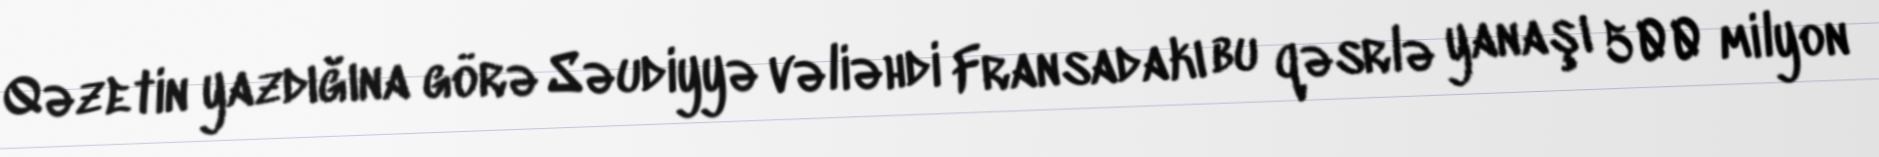
Qəzetin yazdığına görə Səudiyyə vəliəhdi Fransadakı bu qəsrlə yanaşı 500 milyon